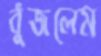
বুঁজলেম